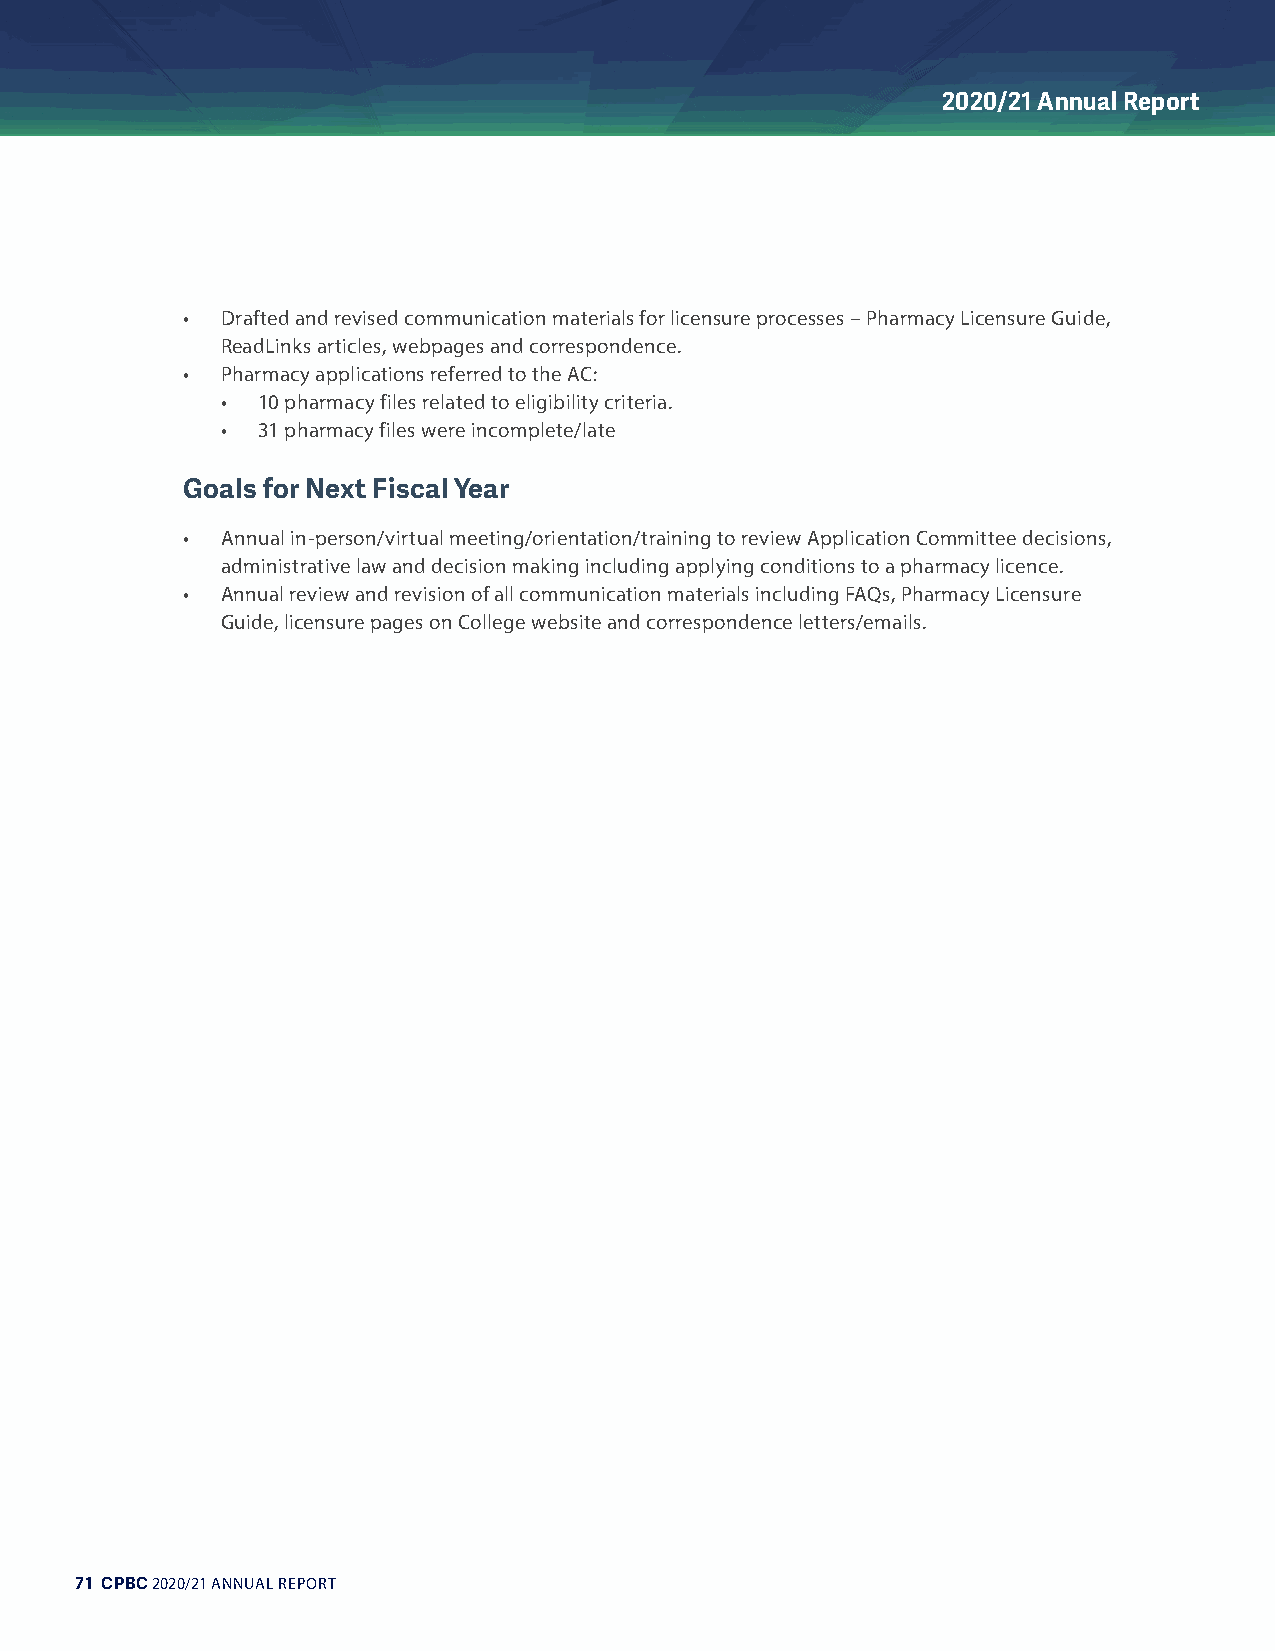
2020/21 Annual Report
 •  Drafted and revised communication materials for licensure processes – Pharmacy Licensure Guide,
 ReadLinks articles, webpages and correspondence.
 •  Pharmacy applications referred to the AC:
 • 10 pharmacy files related to eligibility criteria.
 • 31 pharmacy files were incomplete/late
 Goals for Next Fiscal Year
 •  Annual in-person/virtual meeting/orientation/training to review Application Committee decisions,
 administrative law and decision making including applying conditions to a pharmacy licence.
 •  Annual review and revision of all communication materials including FAQs, Pharmacy Licensure
 Guide, licensure pages on College website and correspondence letters/emails.
 71 CPBC 2020/21 ANNUAL REPORT